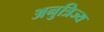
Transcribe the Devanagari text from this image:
अनुत्रिज्य